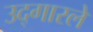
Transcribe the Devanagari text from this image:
उद्‍गारले